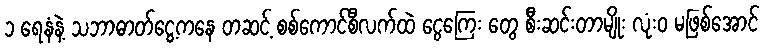
၁ ရေနံနဲ့ သဘာဓာတ်ငွေ့ကနေ တဆင့် စစ်ကောင်စီလက်ထဲ ငွေကြေး တွေ စီးဆင်းတာမျိုး လုံး၀ မဖြစ်အောင်